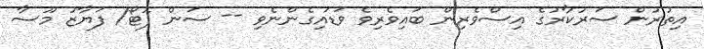
އިތުރުން ސަރުކާރުގެ އިސްވެރިން ބައިވެރިވެ ވަޑައިގެންނެވި -- ސަން ފޮޓޯ/ ފަޔާޒު މޫސާ